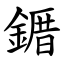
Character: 䥄